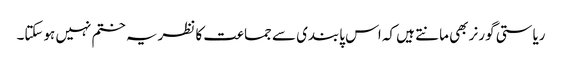
ریاستی گورنر بھی مانتے ہیں کہ اس پابندی سے جماعت کا نظریہ ختم نہیں ہوسکتا۔